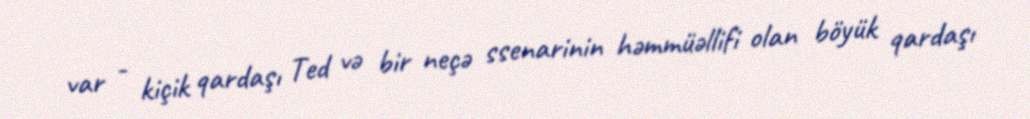
var - kiçik qardaşı Ted və bir neçə ssenarinin həmmüəllifi olan böyük qardaşı